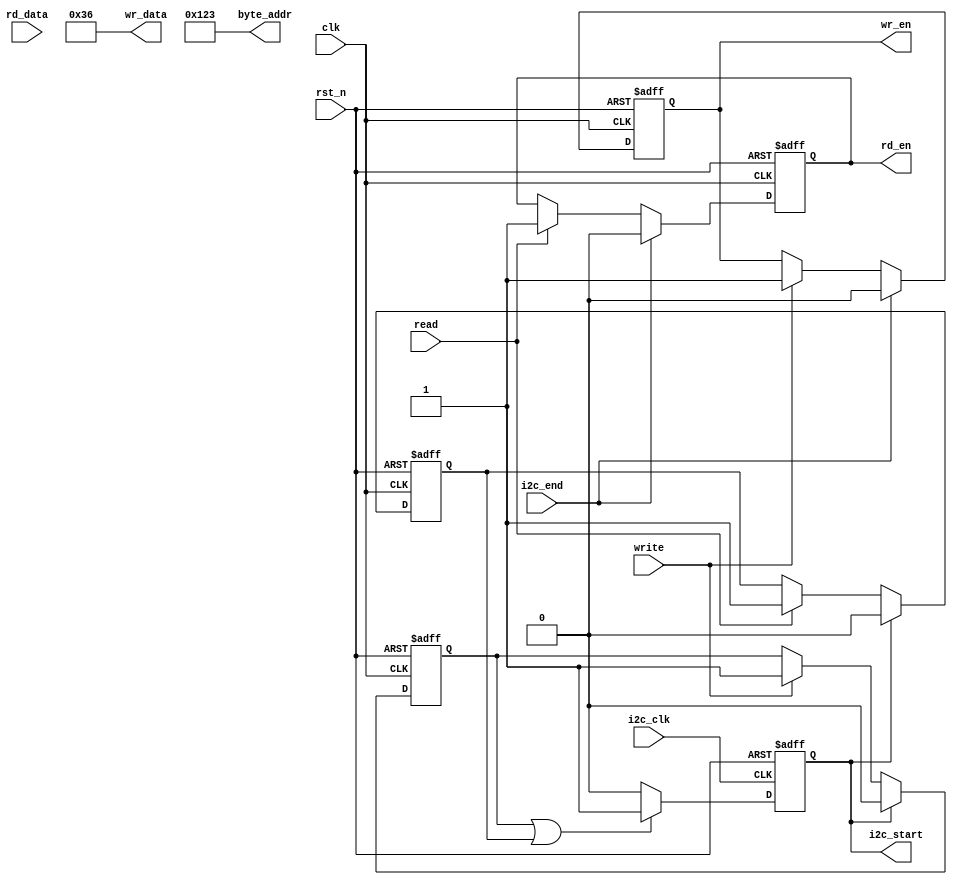
module Iic_RW_Data (
	input clk,
	input rst_n,
	input write,
	input i2c_clk,
	input i2c_end,
	input rd_data,
	input read,
	output reg wr_en,
	output reg rd_en,
	output reg i2c_start,
	output [15:0] byte_addr,
	output [7:0] wr_data
);

	reg write_latch;
	reg read_latch;

	/*clk*/
	always @(posedge clk or negedge rst_n) begin
		if(~rst_n) begin
			write_latch <= 1'd0;
		end else if(i2c_start) begin
			write_latch <= 1'd0;
		end else if(write) begin
			write_latch <= 1'd1;
		end else begin
			write_latch <= write_latch;
		end
	end

	always @(posedge clk or negedge rst_n) begin
		if(~rst_n) begin
			read_latch <= 1'd0;
		end else if(i2c_start) begin
			read_latch <= 1'd0;
		end else if(read) begin
			read_latch <= 1'd1;
		end else begin
			read_latch <= read_latch;
		end
	end


	/**/
	always @(posedge clk or negedge rst_n) begin
		if(~rst_n) begin
			wr_en <= 1'd0;
		end else if(i2c_end) begin
			wr_en <= 1'd0;
		end else if(write) begin
			wr_en <= 1'd1;
		end else begin
			wr_en <= wr_en;
		end
	end

	/**/
	always @(posedge clk or negedge rst_n) begin
		if(~rst_n) begin
			rd_en <= 1'd0;
		end else if(i2c_end) begin
			rd_en <= 1'd0;
		end else if(read) begin
			rd_en <= 1'd1;
		end else begin
			rd_en <= rd_en;
		end
	end

	/*start*/
	always @(posedge i2c_clk or negedge rst_n) begin
		if(~rst_n) begin
			i2c_start <= 1'd0;
		end else if(write_latch || read_latch) begin
			i2c_start <= 1'd1;
		end else begin
			i2c_start <= 1'd0;
		end
	end

	/**/
	assign byte_addr = 16'h0123;

	/**/
	assign wr_data = 8'h36;

endmodule